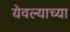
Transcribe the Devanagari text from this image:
येवल्याच्या